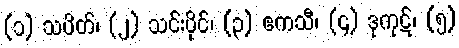
(၁) သပိတ်၊ (၂) သင်းပိုင်၊ (၃) ဧကသီ၊ (၄) ဒုကုဋ်၊ (၅)